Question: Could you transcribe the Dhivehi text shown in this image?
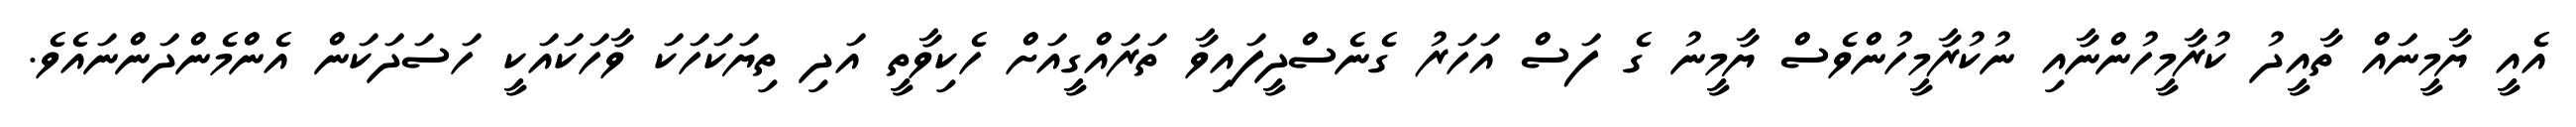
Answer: އެއީ ޔާމީނައް ތާއީދު ކުރާމީހުންނާއި ނުކުރާމީހުންވެސް ޔާމީނު ގެ ފަސް އަހަރު ގެނެސްދީފައިވާ ތަރައްގީއަށް ހެކިވާތީ އަދި ތިޔަކަހަކަ ވާހަކައަކީ ހަސަދަކަން އެންމެންދަންނައެވެ.